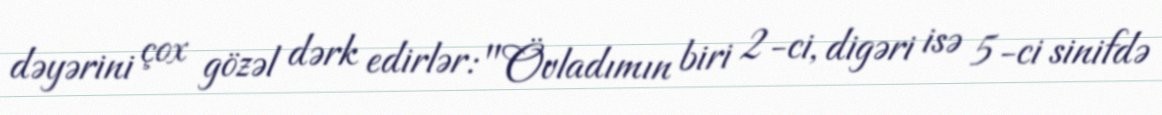
dəyərini çox gözəl dərk edirlər: "Övladımın biri 2-ci, digəri isə 5-ci sinifdə